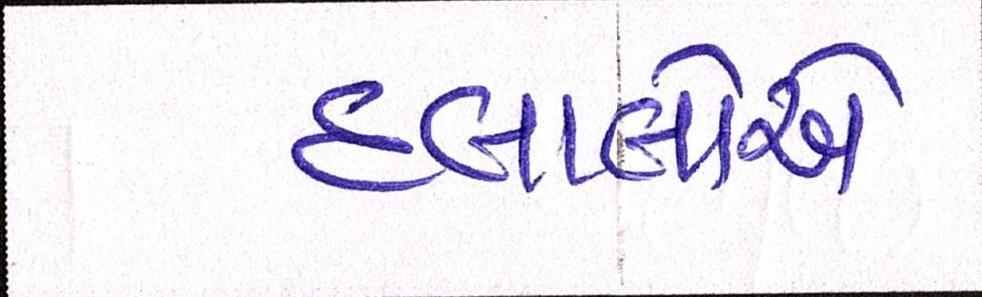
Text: દલાલોએ